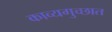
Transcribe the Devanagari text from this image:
काव्यगुच्छात